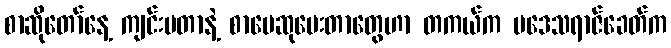
စာဆိုတော်နေ့ ကျင်းပတာနဲ့ စာပေဆုပေးတာတွေဟာ တကယ်က ပဒေသရာဇ်ခေတ်က